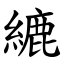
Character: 䌒